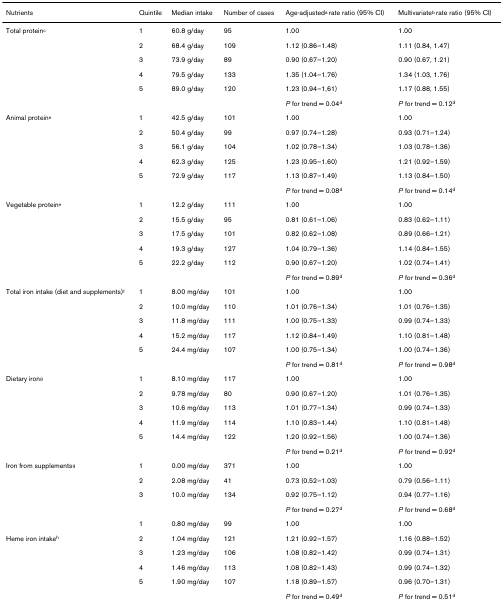
<table><thead><tr><td><b>Nutrients</b></td><td><b>Quintile</b></td><td><b>Median intake</b></td><td><b>Number of cases</b></td><td><b>Age-adjusted<sup>a </sup>rate ratio (95% CI)</b></td><td><b>Multivariate<sup>b </sup>rate ratio (95% CI)</b></td></tr></thead><tbody><tr><td>Total protein<sup>c</sup></td><td>1</td><td>60.8 g/day</td><td>95</td><td>1.00</td><td>1.00</td></tr><tr><td></td><td>2</td><td>68.4 g/day</td><td>109</td><td>1.12 (0.86–1.48)</td><td>1.11 (0.84, 1.47)</td></tr><tr><td></td><td>3</td><td>73.9 g/day</td><td>89</td><td>0.90 (0.67–1.20)</td><td>0.90 (0.67, 1.21)</td></tr><tr><td></td><td>4</td><td>79.5 g/day</td><td>133</td><td>1.35 (1.04–1.76)</td><td>1.34 (1.03, 1.76)</td></tr><tr><td></td><td>5</td><td>89.0 g/day</td><td>120</td><td>1.23 (0.94–1,61)</td><td>1.17 (0.88, 1.55)</td></tr><tr><td></td><td></td><td></td><td></td><td><i>P </i>for trend = 0.04<sup>d</sup></td><td><i>P </i>for trend = 0.12<sup>d</sup></td></tr><tr><td>Animal protein<sup>e</sup></td><td>1</td><td>42.5 g/day</td><td>101</td><td>1.00</td><td>1.00</td></tr><tr><td></td><td>2</td><td>50.4 g/day</td><td>99</td><td>0.97 (0.74–1.28)</td><td>0.93 (0.71–1.24)</td></tr><tr><td></td><td>3</td><td>56.1 g/day</td><td>104</td><td>1.02 (0.78–1.34)</td><td>1.03 (0.78–1.36)</td></tr><tr><td></td><td>4</td><td>62.3 g/day</td><td>125</td><td>1.23 (0.95–1.60)</td><td>1.21 (0.92–1.59)</td></tr><tr><td></td><td>5</td><td>72.9 g/day</td><td>117</td><td>1.13 (0.87–1.49)</td><td>1.13 (0.84–1.50)</td></tr><tr><td></td><td></td><td></td><td></td><td><i>P </i>for trend = 0.08<sup>d</sup></td><td><i>P </i>for trend = 0.14<sup>d</sup></td></tr><tr><td>Vegetable protein<sup>e</sup></td><td>1</td><td>12.2 g/day</td><td>111</td><td>1.00</td><td>1.00</td></tr><tr><td></td><td>2</td><td>15.5 g/day</td><td>95</td><td>0.81 (0.61–1.06)</td><td>0.83 (0.62–1.11)</td></tr><tr><td></td><td>3</td><td>17.5 g/day</td><td>101</td><td>0.82 (0.62–1.08)</td><td>0.89 (0.66–1.21)</td></tr><tr><td></td><td>4</td><td>19.3 g/day</td><td>127</td><td>1.04 (0.79–1.36)</td><td>1.14 (0.84–1.55)</td></tr><tr><td></td><td>5</td><td>22.2 g/day</td><td>112</td><td>0.90 (0.67–1.20)</td><td>1.02 (0.74–1.41)</td></tr><tr><td></td><td></td><td></td><td></td><td><i>P </i>for trend = 0.89<sup>d</sup></td><td><i>P </i>for trend = 0.36<sup>d</sup></td></tr><tr><td>Total iron intake (diet and supplements)<sup>f</sup></td><td>1</td><td>8.00 mg/day</td><td>101</td><td>1.00</td><td>1.00</td></tr><tr><td></td><td>2</td><td>10.0 mg/day</td><td>110</td><td>1.01 (0.76–1.34)</td><td>1.01 (0.76–1.35)</td></tr><tr><td></td><td>3</td><td>11.8 mg/day</td><td>111</td><td>1.00 (0.75–1.33)</td><td>0.99 (0.74–1.33)</td></tr><tr><td></td><td>4</td><td>15.2 mg/day</td><td>117</td><td>1.12 (0.84–1.49)</td><td>1.10 (0.81–1.48)</td></tr><tr><td></td><td>5</td><td>24.4 mg/day</td><td>107</td><td>1.00 (0.75–1.34)</td><td>1.00 (0.74–1.36)</td></tr><tr><td></td><td></td><td></td><td></td><td><i>P </i>for trend = 0.81<sup>d</sup></td><td><i>P </i>for trend = 0.98<sup>d</sup></td></tr><tr><td>Dietary iron<sup>g</sup></td><td>1</td><td>8.10 mg/day</td><td>117</td><td>1.00</td><td>1.00</td></tr><tr><td></td><td>2</td><td>9.78 mg/day</td><td>80</td><td>0.90 (0.67–1.20)</td><td>1.01 (0.76–1.35)</td></tr><tr><td></td><td>3</td><td>10.6 mg/day</td><td>113</td><td>1.01 (0.77–1.34)</td><td>0.99 (0.74–1.33)</td></tr><tr><td></td><td>4</td><td>11.9 mg/day</td><td>114</td><td>1.10 (0.83–1.44)</td><td>1.10 (0.81–1.48)</td></tr><tr><td></td><td>5</td><td>14.4 mg/day</td><td>122</td><td>1.20 (0.92–1.56)</td><td>1.00 (0.74–1.36)</td></tr><tr><td></td><td></td><td></td><td></td><td><i>P </i>for trend = 0.21<sup>d</sup></td><td><i>P </i>for trend = 0.92<sup>d</sup></td></tr><tr><td>Iron from supplements<sup>g</sup></td><td>1</td><td>0.00 mg/day</td><td>371</td><td>1.00</td><td>1.00</td></tr><tr><td></td><td>2</td><td>2.08 mg/day</td><td>41</td><td>0.73 (0.52–1.03)</td><td>0.79 (0.56–1.11)</td></tr><tr><td></td><td>3</td><td>10.0 mg/day</td><td>134</td><td>0.92 (0.75–1.12)</td><td>0.94 (0.77–1.16)</td></tr><tr><td></td><td></td><td></td><td></td><td><i>P </i>for trend = 0.27<sup>d</sup></td><td><i>P </i>for trend = 0.68<sup>d</sup></td></tr><tr><td></td><td>1</td><td>0.80 mg/day</td><td>99</td><td>1.00</td><td>1.00</td></tr><tr><td>Heme iron intake<sup>h</sup></td><td>2</td><td>1.04 mg/day</td><td>121</td><td>1.21 (0.92–1.57)</td><td>1.16 (0.88–1.52)</td></tr><tr><td></td><td>3</td><td>1.23 mg/day</td><td>106</td><td>1.08 (0.82–1.42)</td><td>0.99 (0.74–1.31)</td></tr><tr><td></td><td>4</td><td>1.46 mg/day</td><td>113</td><td>1.08 (0.82–1.43)</td><td>0.99 (0.74–1.32)</td></tr><tr><td></td><td>5</td><td>1.90 mg/day</td><td>107</td><td>1.18 (0.89–1.57)</td><td>0.96 (0.70–1.31)</td></tr><tr><td></td><td></td><td></td><td></td><td><i>P </i>for trend = 0.49<sup>d</sup></td><td><i>P </i>for trend = 0.51<sup>d</sup></td></tr></tbody></table>